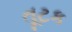
તૂટક